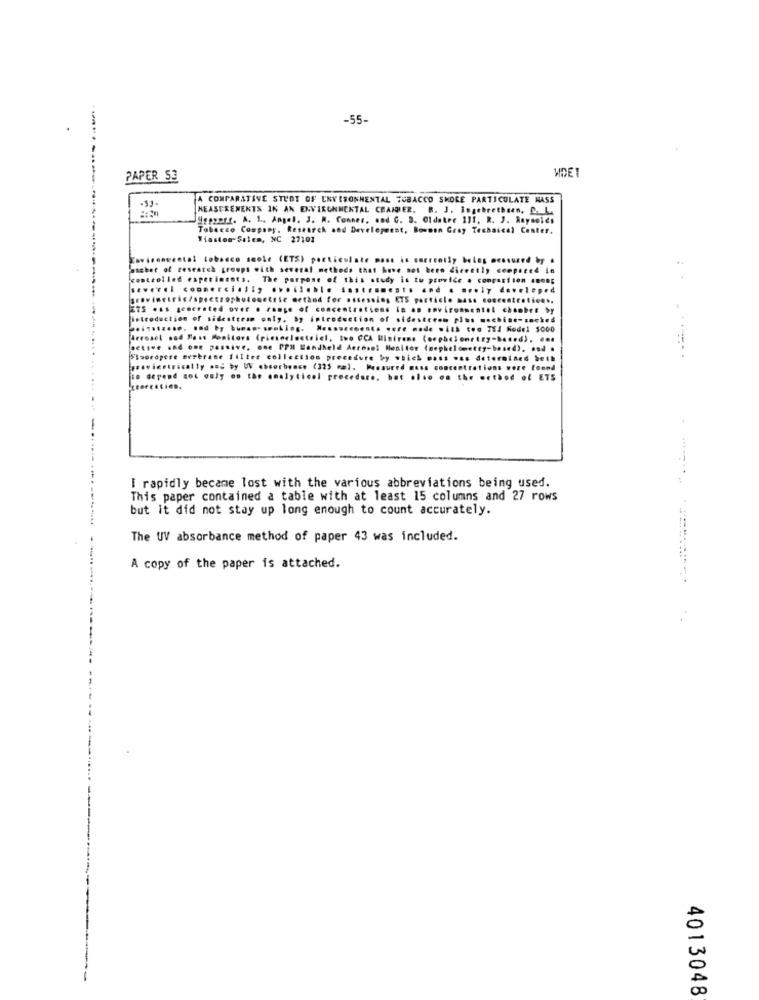
-55-
WDET
PAPER 53
COMPARATIVE STUDY OF ENVIRONMENTAL TOBACCO SHORE PARTICULATE MASS
MEASUREMENTS IN AN ENVIRONMENTAL CHANDLER. B. J. Ingebrethsen. D. L
gggyors. A. 1 .. Angel. J. A. Conner, and G. D. Oldater 111. R. J. Reynolds
Tobacco Company, Research and Development, Bowman Gray Technical Center.
Tiaston-Salem, NC 27101
meestal tobacco smoke (ETS) particulate mass is currently being measured by .
escher of research groups with several methods that have not been dieeetly ceepared in
controlled experiments. The purpose of this study is to provide . compasiton .nonp
eapetin
7 develep.4
275 was generated over . rompe of concentrations in an sovironmentel choober by
tel chonbet by
introduction of sidestream only, by introduction of sidestream pins machine-sacked
........... .. d .y .............. ....... mens were made with too TSI Kodel 1000
Tere node will
THX Rodel $000
.. CCA Minirene (oephele
..... ...
Aerosol Monitor (nephele
Flooropere Besbrane filter collection procedure by which wass was determined beth
raised bell
tovimetrically and by W absorbense (325 mm). Measured muss concentrations were found
To depend not only on the analytical procedere, but also on the method of ETS
...
od ol ETS
I rapidly became lost with the various abbreviations being used.
This paper contained a table with at least 15 columns and 27 rows
but it did not stay up long enough to count accurately.
The UV absorbance method of paper 43 was included.
A copy of the paper is attached.
4013048